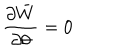
\frac { \partial \bar { W } } { \partial \theta } = 0